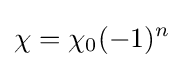
\chi =\chi _{0}(-1)^{n}